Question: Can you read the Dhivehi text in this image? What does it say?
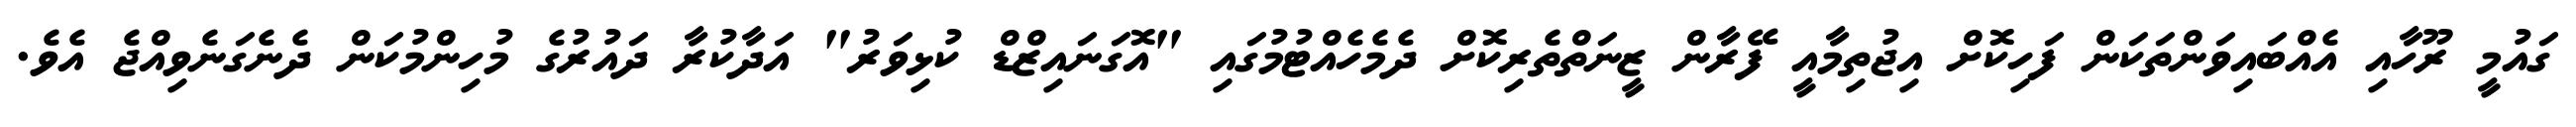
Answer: ގައުމީ ރޫހާއި އެއްބައިވަންތަކަން ފަހިކޮށް އިޖުތިމާއީ ފޭރާން ޒީނަތްތެރިކޮށް ދެމެހެއްޓުމުގައި "އޮގަނައިޒްޑް ކުޅިވަރު" އަދާކުރާ ދައުރުގެ މުހިންމުކަން ދެނެގަނެވިއްޖެ އެވެ.